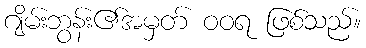
ဂျိမ်းဘွန်း၏အမှတ် ဝဝရ ဖြစ်သည်။